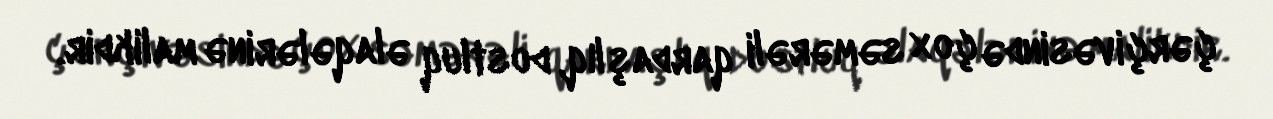
çərçivəsində çox səmərəli qardaşlıq, dostluq əlaqələrinə malikdir.